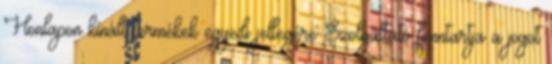
Honlapon kínált termékek egyedi jellegére Szolgáltató fenntartja a jogot